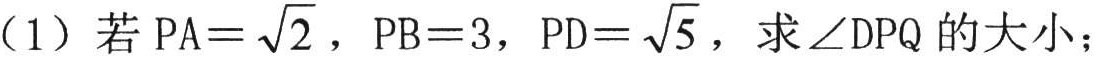
（1）若\(PA = \sqrt{2}\)，\(PB = 3\)，\(PD = \sqrt{5}\)，求\(\angle DPQ\)的大小；